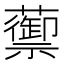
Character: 蘌